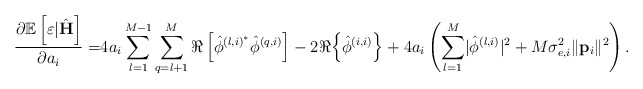
\begin{align*} \frac{\partial\mathbb{E}\left[\varepsilon|\hat{\mathbf{H}}\right]}{\partial a_i}=&4a_i\sum_{l=1}^{M-1}\sum_{q=l+1}^{M} \Re\left[\hat{\phi}^{\left(l,i\right)^*}\hat{\phi}^{\left(q,i\right)}\right]-2 \Re{\left\{\hat{\phi}^{\left(i,i\right)}\right\}}+4a_i\left(\sum_{l=1}^M\lvert\hat{\phi}^{\left(l,i\right)}\rvert^2+M\sigma_{e,i}^2\lVert\mathbf{p}_i\rVert^2\right).\end{align*}